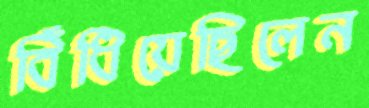
বিঁধিয়েছিলেন